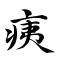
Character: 痍